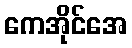
ကေအိုင်အေ